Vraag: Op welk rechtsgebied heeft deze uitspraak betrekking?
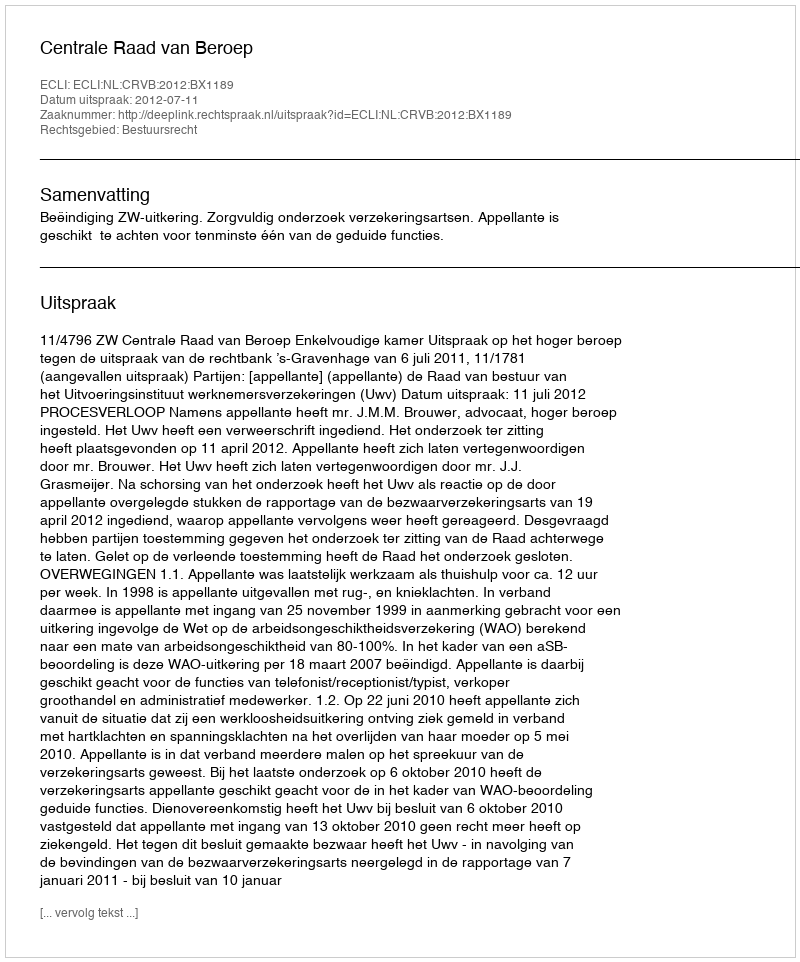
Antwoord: Bestuursrecht